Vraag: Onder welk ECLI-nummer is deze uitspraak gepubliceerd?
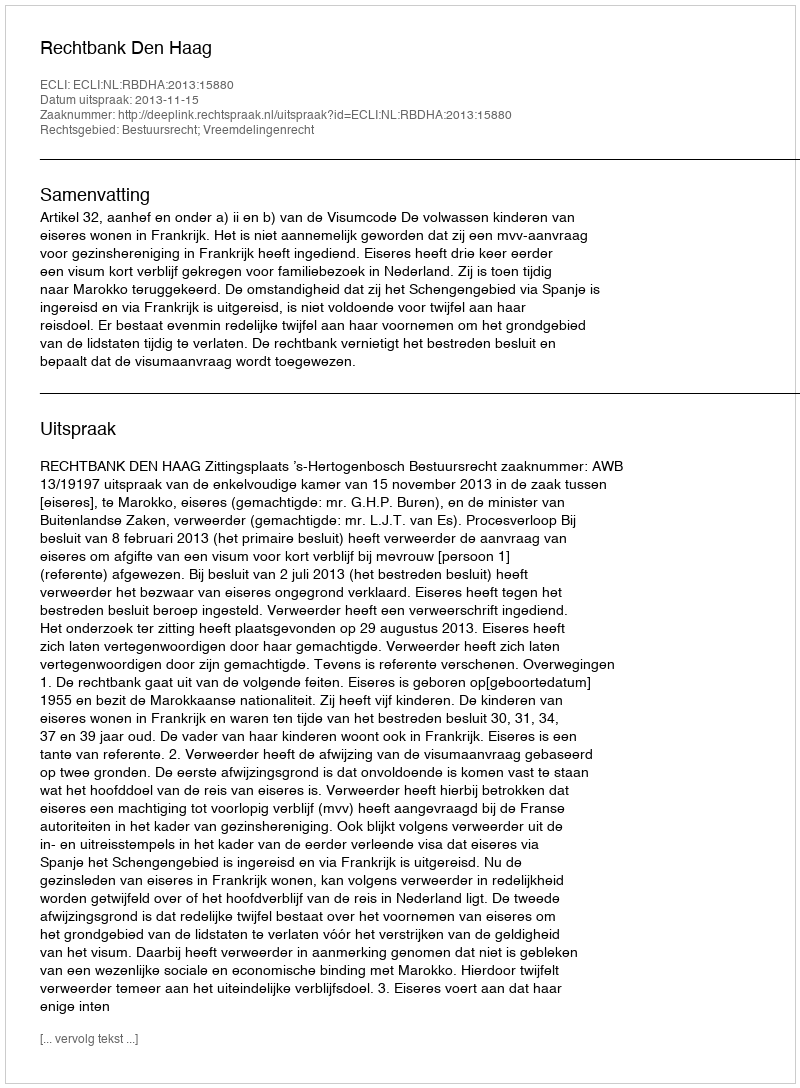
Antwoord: ECLI:NL:RBDHA:2013:15880